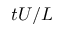
t U / L